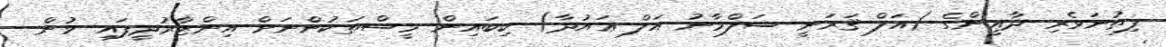
ފިތުނަވެރި ދާޢީންގެ (އަލް-ޤަރަނީ ސަލްމާނު އަލް-ޢައުދާ) ކިބައިން މީސްތަކުންނަށް އިންޒާރުދީފައި ވުން -